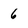
Character: 6